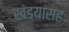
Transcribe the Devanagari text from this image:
खंड्यासह